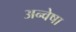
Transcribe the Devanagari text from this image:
अन्वेषा